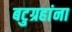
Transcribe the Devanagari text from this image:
बटुग्रहांना